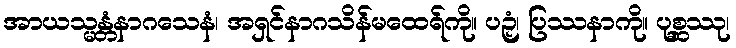
အာယသ္မန္တံနာဂသေနံ၊ အရှင်နာဂသိန်မထေရ်ကို။ ပဉှံ၊ ပြဿနာကို။ ပုစ္ဆဿု၊